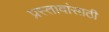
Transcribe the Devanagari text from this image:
प्रस्तावांसाठी